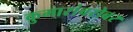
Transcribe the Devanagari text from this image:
कुमारांबरोबर